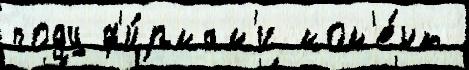
году ф'и́рмам'и мом'е́нт